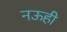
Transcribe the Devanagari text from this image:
नऊही